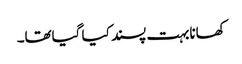
کھانابہت پسند کیا گیاتھا۔